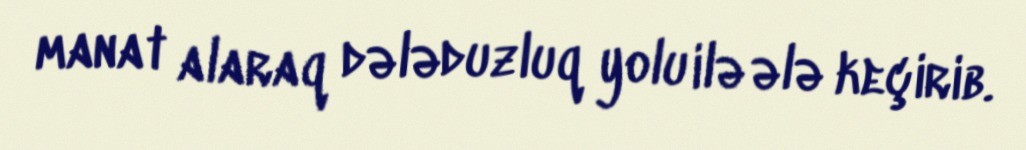
manat alaraq dələduzluq yolu ilə ələ keçirib.